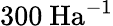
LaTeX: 300\ \mathrm{Ha}^{-1}